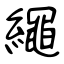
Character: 繩